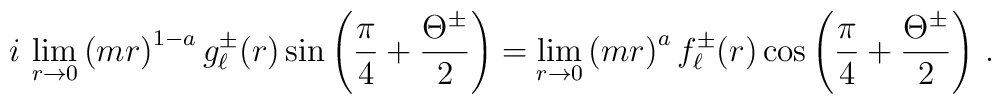
i\,\lim_{r\rightarrow 0}\left(m r\right)^{1-a} g_{\ell}^{\pm}(r)\sin\left(\frac{\pi}{4}+\frac{\Theta^{\pm}}{2}\right)=\lim_{r\rightarrow 0}\left(m r\right)^{a} f_{\ell}^{\pm}(r)\cos\left(\frac{\pi}{4}+\frac{\Theta^{\pm}}{2}\right)\,.